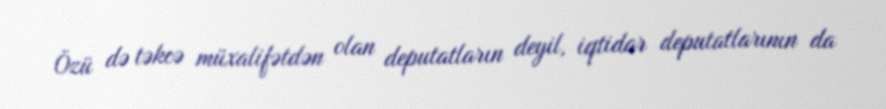
Özü də təkcə müxalifətdən olan deputatların deyil, iqtidar deputatlarının da